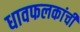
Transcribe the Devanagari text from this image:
धावफलकांची